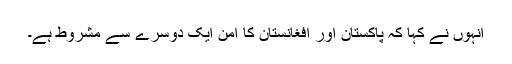
انہوں نے کہا کہ پاکستان اور افغانستان کا امن ایک دوسرے سے مشروط ہے۔